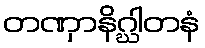
တဏှာနိဂ္ဃါတနံ